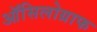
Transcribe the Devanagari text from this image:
ऑसिलोग्राफ